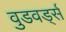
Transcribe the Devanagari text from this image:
वुडवर्ड्स